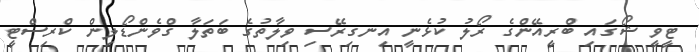
ޓީވީ ޝޯގައި ބްރީއޭންގެ ރޯލު ކުޅެނީ އިނގިރޭސި ވިލާތުގެ ބަތަލާ ގްވެންޑޯލިން ކްރިސްޓީ